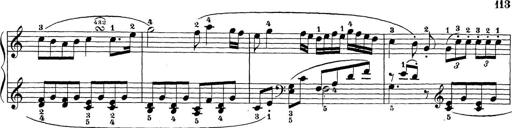
Title: Sonatina Album
Composer: Louis KÃ¶hler